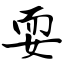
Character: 耍